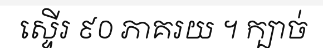
ស្ទើរ ៩០ ភាគរយ ។ ក្បាច់